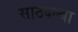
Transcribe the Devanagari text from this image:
साठवल्या